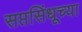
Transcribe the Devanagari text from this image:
सप्तसिंधूच्या